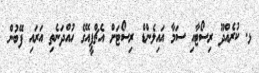
ޅ. ކުރެއްދޫ ރިސޯޓާއި ސަމާ އައިލެންޑް ރިސޯޓަށް އެޗްޕީއޭގެ ހުއްދަނެތި އަރައި ފޭބުން